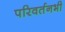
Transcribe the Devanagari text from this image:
परिवर्तनभी